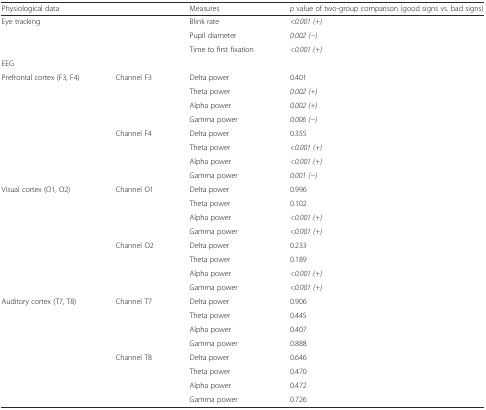
<table><thead><tr><td colspan="2"><b>Physiological data</b></td><td><b>Measures</b></td><td><b><i>p</i> value of two-group comparison (good signs vs. bad signs)</b></td></tr></thead><tbody><tr><td rowspan="3" colspan="2">Eye tracking</td><td>Blink rate</td><td><i>&lt;0.001 (+)</i></td></tr><tr><td>Pupil diameter</td><td><i>0.002 (−)</i></td></tr><tr><td>Time to first fixation</td><td><i>&lt;0.001 (+)</i></td></tr><tr><td colspan="4">EEG</td></tr><tr><td rowspan="8">Prefrontal cortex (F3, F4)</td><td rowspan="4">Channel F3</td><td>Delta power</td><td>0.401</td></tr><tr><td>Theta power</td><td><i>0.002 (+)</i></td></tr><tr><td>Alpha power</td><td><i>0.002 (+)</i></td></tr><tr><td>Gamma power</td><td><i>0.006 (−)</i></td></tr><tr><td rowspan="4">Channel F4</td><td>Delta power</td><td>0.355</td></tr><tr><td>Theta power</td><td><i>&lt;0.001 (+)</i></td></tr><tr><td>Alpha power</td><td><i>&lt;0.001 (+)</i></td></tr><tr><td>Gamma power</td><td><i>0.001 (−)</i></td></tr><tr><td rowspan="8">Visual cortex (O1, O2)</td><td rowspan="4">Channel O1</td><td>Delta power</td><td>0.996</td></tr><tr><td>Theta power</td><td>0.102</td></tr><tr><td>Alpha power</td><td><i>&lt;0.001 (+)</i></td></tr><tr><td>Gamma power</td><td><i>&lt;0.001 (+)</i></td></tr><tr><td rowspan="4">Channel O2</td><td>Delta power</td><td>0.233</td></tr><tr><td>Theta power</td><td>0.189</td></tr><tr><td>Alpha power</td><td><i>&lt;0.001 (+)</i></td></tr><tr><td>Gamma power</td><td><i>&lt;0.001 (+)</i></td></tr><tr><td rowspan="8">Auditory cortex (T7, T8)</td><td rowspan="4">Channel T7</td><td>Delta power</td><td>0.906</td></tr><tr><td>Theta power</td><td>0.445</td></tr><tr><td>Alpha power</td><td>0.407</td></tr><tr><td>Gamma power</td><td>0.888</td></tr><tr><td rowspan="4">Channel T8</td><td>Delta power</td><td>0.646</td></tr><tr><td>Theta power</td><td>0.470</td></tr><tr><td>Alpha power</td><td>0.472</td></tr><tr><td>Gamma power</td><td>0.726</td></tr></tbody></table>